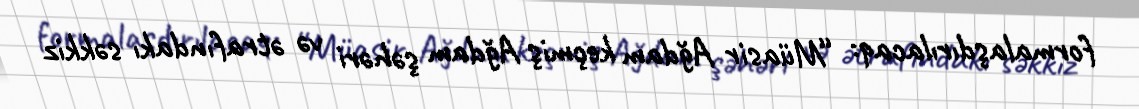
formalaşdırılacaq: “Müasir Ağdam keçmiş Ağdam şəhəri və ətrafındakı səkkiz